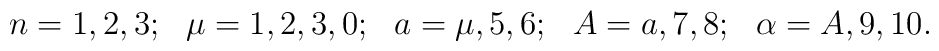
n=1,2,3;\ \ \mu =1,2,3,0;\ \ a=\mu ,5,6;\ \ A=a,7,8;\ \ \alpha=A,9,10 . \